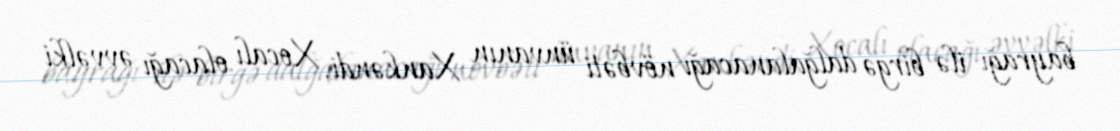
bayrağı ilə birgə dalğalanacağı növbəti ünvanın Xankəndi, Xocalı olacağı əvvəlki